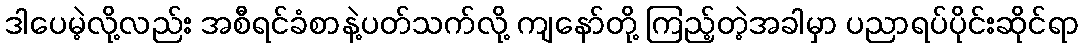
ဒါပေမဲ့လို့လည်း အစီရင်ခံစာနဲ့ပတ်သက်လို့ ကျနော်တို့ ကြည့်တဲ့အခါမှာ ပညာရပ်ပိုင်းဆိုင်ရာ